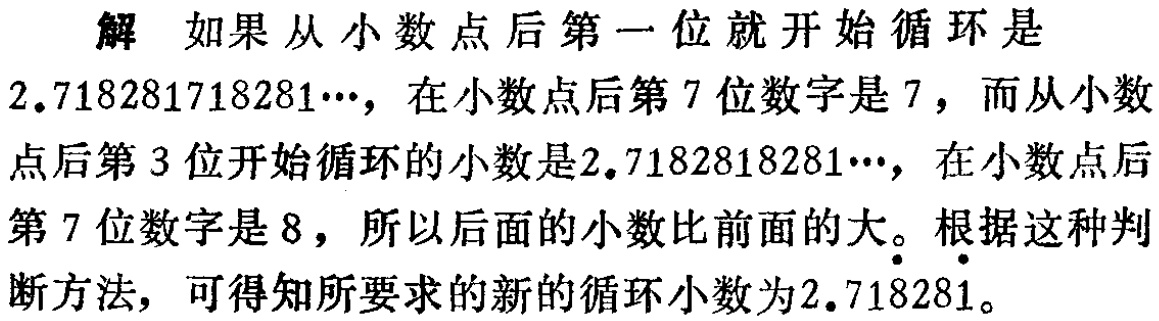
解 如果从小数点后第一位就开始循环是$2.718281718281\cdots$，在小数点后第$7$位数字是$7$，而从小数点后第$3$位开始循环的小数是$2.71\dot{8}2818281\cdots$，在小数点后第$7$位数字是$8$，所以后面的小数比前面的大。根据这种判断方法，可得知所要求的新的循环小数为$2.71\dot{8}28\dot{1}$。